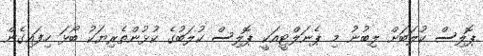
ޕޮލިސް ކުލަބަށް ލިބުނު މި ޕެނަލްޓީއަކީ ޕޮލިސް ކުލަބުގެ ކުޅުންތެރިޔަކު ބޯޅަ ހިފައިގެން